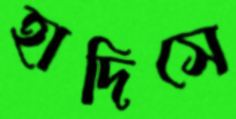
হাদিসে